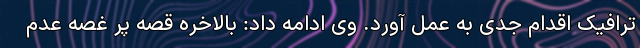
ترافیک اقدام جدی به عمل آورد. وی ادامه داد: بالاخره قصه پر غصه عدم